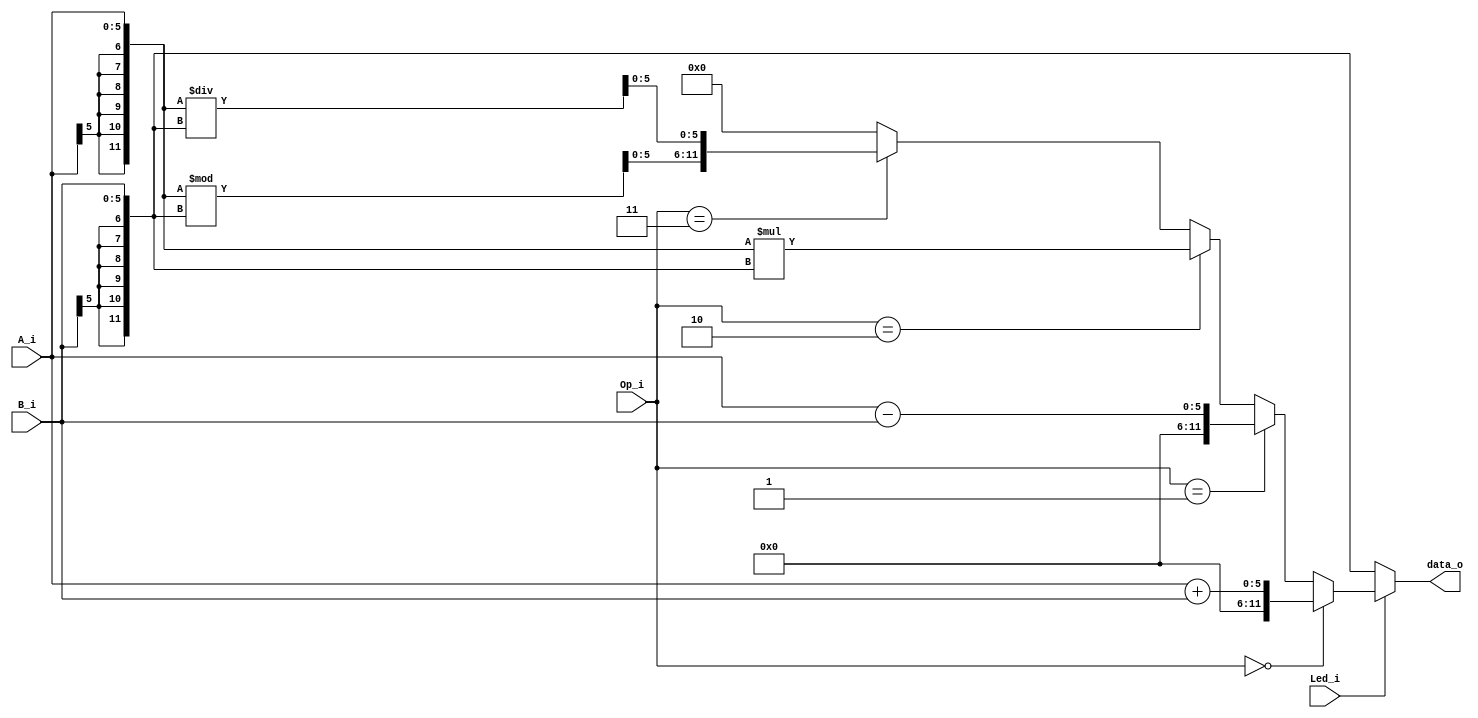
module ALU_test(
    A_i,
    B_i,
    Op_i,
    Led_i,
    data_o
);

input [5:0] A_i;
input [5:0] B_i;
input [1:0] Op_i;
input   Led_i;
output [11:0] data_o;
wire [11:0] A, B, result, add, sub, mult, div, r, q;

assign A = {{6{A_i[5]}}, A_i};
assign B = {{6{B_i[5]}}, B_i};
assign add = A+B;
assign sub = A-B;
assign mult = A*B;
assign r = A%B;
assign q = A/B;
assign div = {r[5:0], q[5:0]};
assign result = (Op_i == 2'b00)? {{6{1'b0}}, add[5:0]}:
                (Op_i == 2'b01)? {{6{1'b0}}, sub[5:0]}:
                (Op_i == 2'b10)? mult:
                (Op_i == 2'b11)? div : 0;
assign data_o = (Led_i == 1'b0)? {A, B}: result;
endmodule